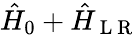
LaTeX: \hat{H}_{0}+\hat{H}_{\mathrm{~L~R~}}